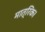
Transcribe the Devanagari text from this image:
मात्रिक।